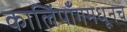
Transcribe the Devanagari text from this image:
कालिंपाँगमधूनच